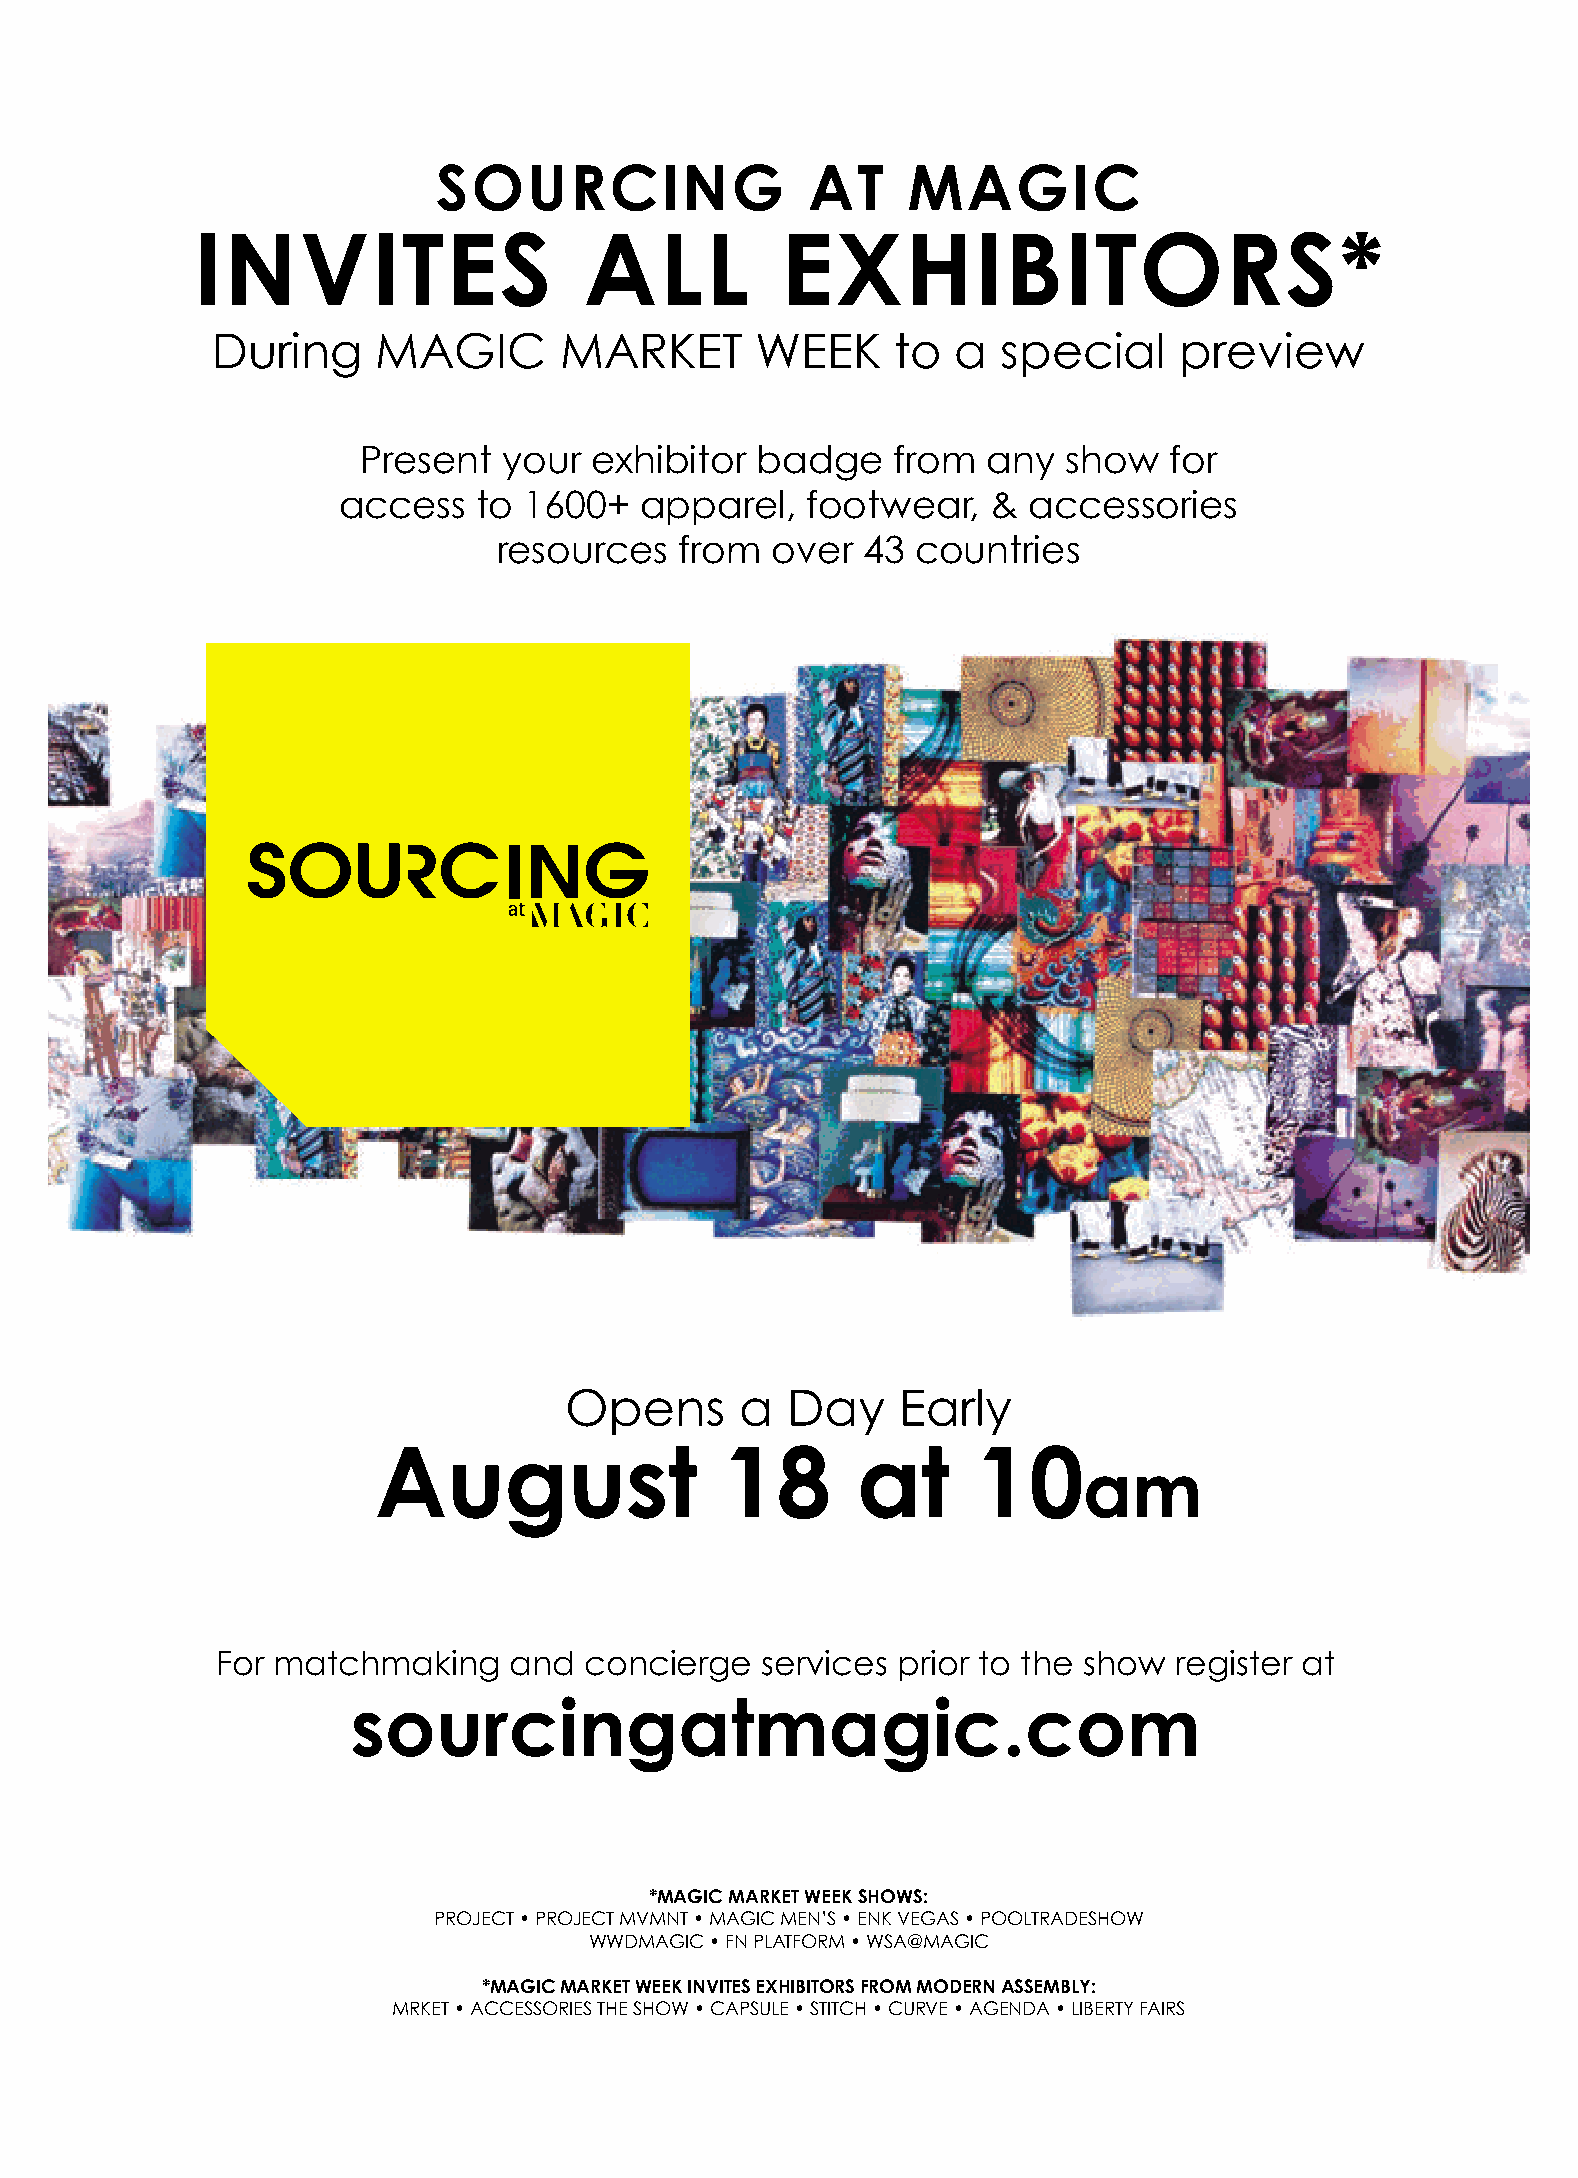
SOURCING                AT     MAGIC
 INVITES                   ALL          EXHIBITORS*
 During     MAGIC       MARKET       WEEK     to  a  special     preview
 Present  your  exhibitor  badge    from  any  show   for
 access   to  1600+  apparel,   footwear,   &  accessories
 resources   from  over  43  countries
 OOppeennss  aa DDaayy EEaarrllyy
 August                 18       at     10
 am
 For matchmaking     and  concierge  services prior to the show  register at
 sourcingatmagic.com
 *MAGIC MARKET WEEK SHOWS:
 PROJECT • PROJECT MVMNT • MAGIC MEN’S • ENK VEGAS • POOLTRADESHOW
 WWDMAGIC • FN PLATFORM • WSA@MAGIC
 *MAGIC MARKET WEEK INVITES EXHIBITORS FROM MODERN ASSEMBLY:
 MRKET • ACCESSORIES THE SHOW • CAPSULE • STITCH • CURVE • AGENDA • LIBERTY FAIRS
 Advanstar-Magic 070513.indd 1                                                                  7/3/13 3:38:58 PM